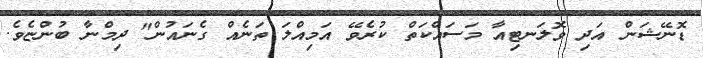
ޑޮނޭޝަން އަދި ވޮލަނޓިއާ މަސައްކަތް ކުރެވޭ އަމިއްލަ ތަނެއް ގެނައުން" ދިމްނާ ބުންޏެވެ.